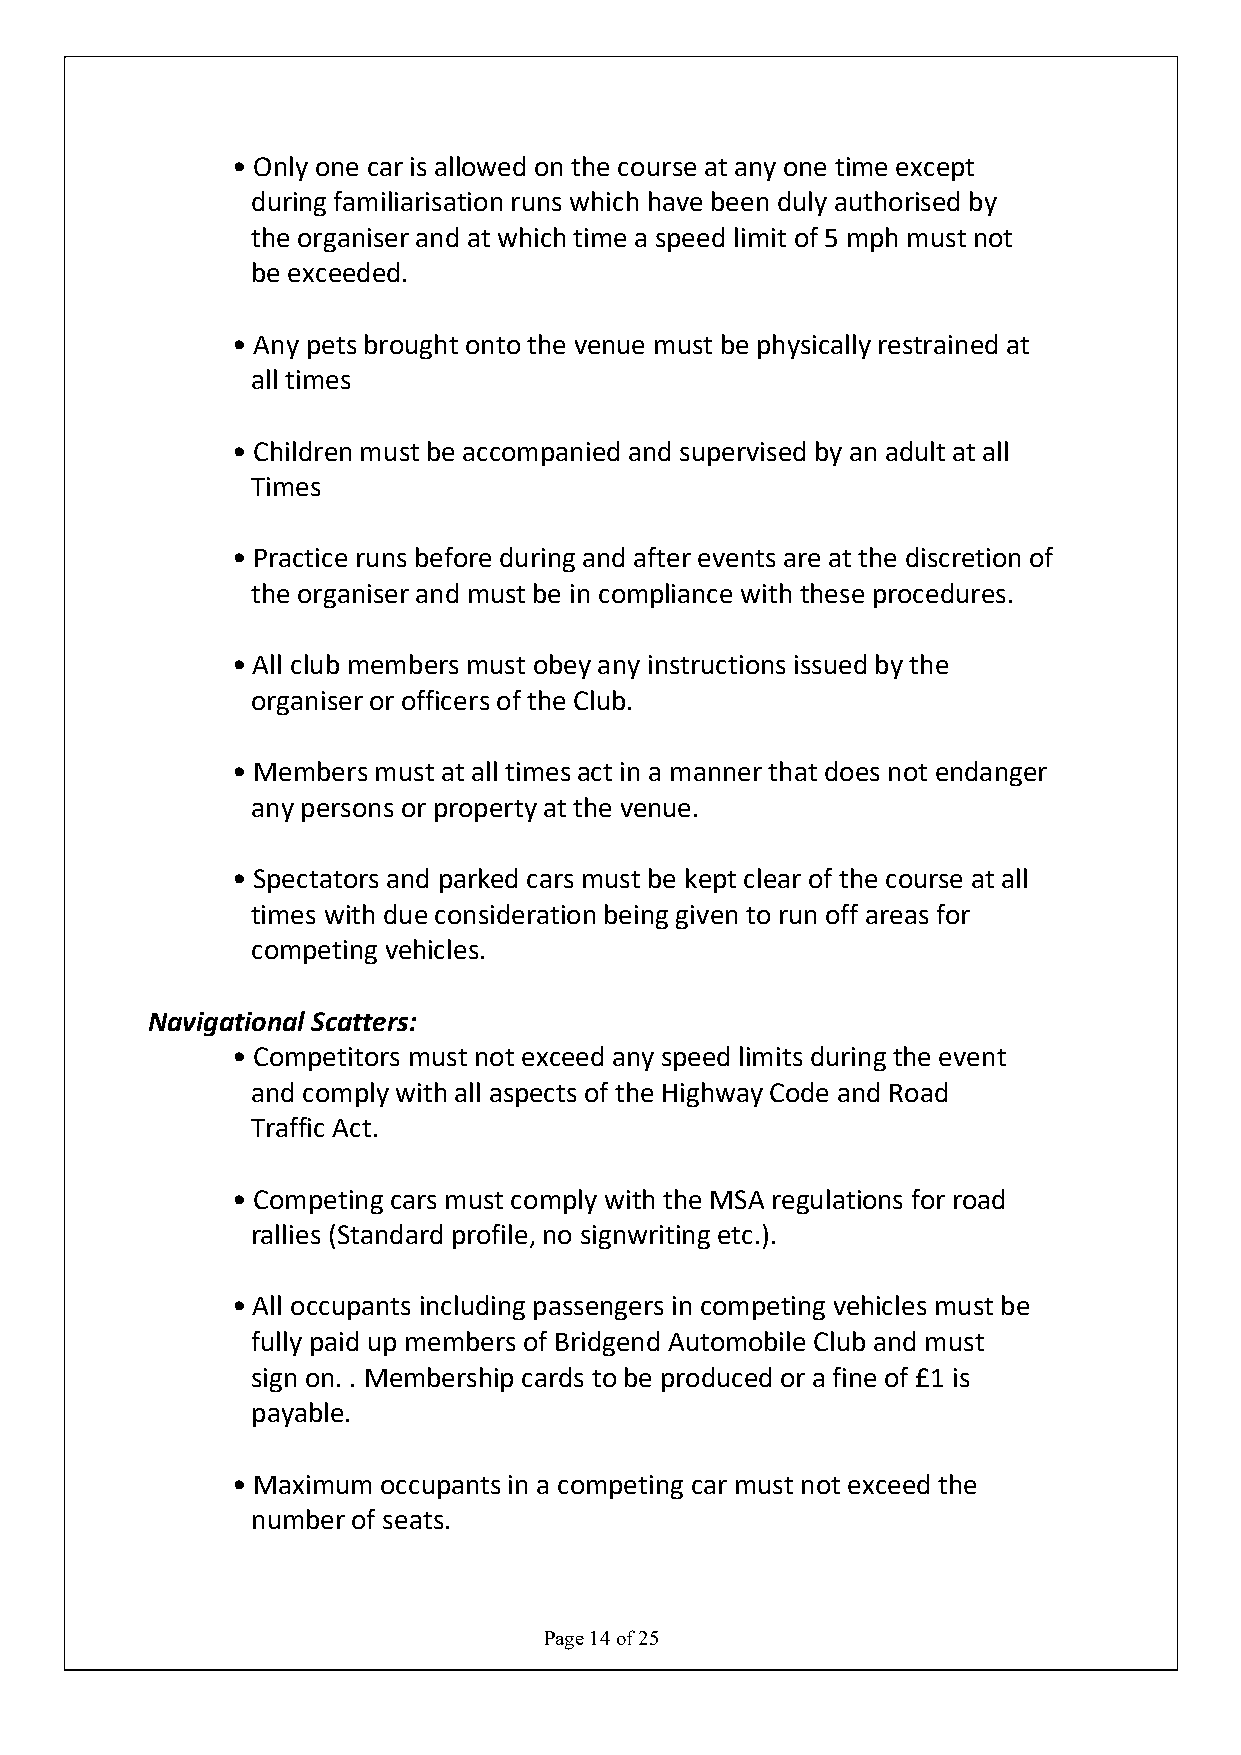
• Only one car is allowed on the course at any one time except
 during familiarisation runs which have been duly authorised by
 the organiser and at which time a speed limit of 5 mph must not
 be exceeded.
 • Any pets brought onto the venue must be physically restrained at
 all times
 • Children must be accompanied and supervised by an adult at all
 Times
 • Practice runs before during and after events are at the discretion of
 the organiser and must be in compliance with these procedures.
 • All club members must obey any instructions issued by the
 organiser or officers of the Club.
 • Members must at all times act in a manner that does not endanger
 any persons or property at the venue.
 • Spectators and parked cars must be kept clear of the course at all
 times with due consideration being given to run off areas for
 competing vehicles.
 Navigational Scatters:
 • Competitors must not exceed any speed limits during the event
 and comply with all aspects of the Highway Code and Road
 Traffic Act.
 • Competing cars must comply with the MSA regulations for road
 rallies (Standard profile, no signwriting etc.).
 • All occupants including passengers in competing vehicles must be
 fully paid up members of Bridgend Automobile Club and must
 sign on. . Membership cards to be produced or a fine of £1 is
 payable.
 • Maximum occupants in a competing car must not exceed the
 number of seats.
 Page 14 of 25